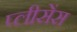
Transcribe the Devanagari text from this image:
प्लीसेंस